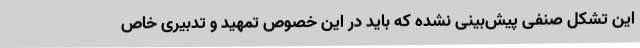
این تشکل صنفی پیش‌بینی نشده که باید در این خصوص تمهید و تدبیری خاص